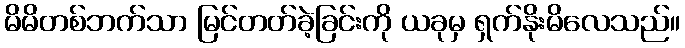
မိမိတစ်ဘက်သာ မြင်တတ်ခဲ့ခြင်းကို ယခုမှ ရှက်နိုးမိလေသည်။